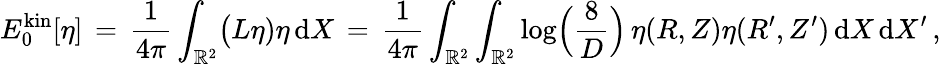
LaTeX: E_{0}^{\mathrm{kin}}[\eta]\, =\, \frac{1}{4\pi}\int_{\mathbb{R}^{2}}\bigl(L\eta)\eta\, \mathrm{d}X\, =\, \frac{1}{4\pi}\int_{\mathbb{R}^{2}}\int_{\mathbb{R}^{2}}\log\Bigl(\frac{8}{D}\Bigr)\, \eta(R,Z)\eta(R^{\prime},Z^{\prime})\, \mathrm{d}X\, \mathrm{d}X^{\prime}\, ,